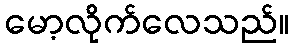
မော့လိုက်လေသည်။